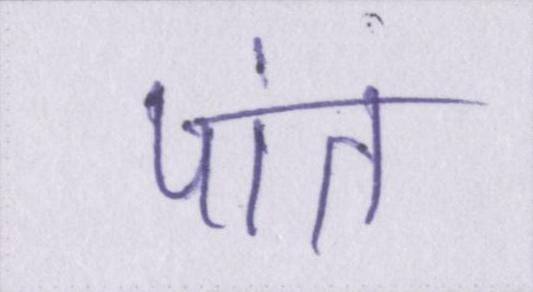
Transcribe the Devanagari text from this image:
पांत